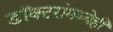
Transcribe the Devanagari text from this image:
डॉक्टरांमध्येही